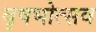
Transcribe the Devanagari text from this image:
वृषभोत्सव